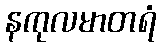
နကုလမာတရံ